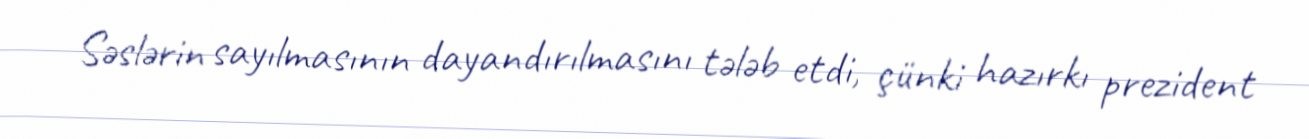
Səslərin sayılmasının dayandırılmasını tələb etdi, çünki hazırkı prezident